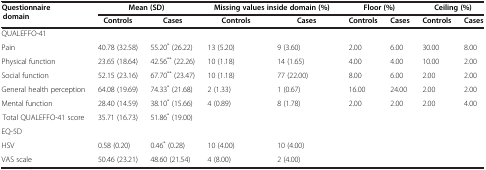
<table><thead><tr><td rowspan="2"><b>Questionnaire domain</b></td><td colspan="2"><b>Mean (SD)</b></td><td colspan="2"><b>Missing values inside domain (%)</b></td><td colspan="2"><b>Floor (%)</b></td><td colspan="2"><b>Ceiling (%)</b></td></tr><tr><td><b>Controls</b></td><td><b>Cases</b></td><td><b>Controls</b></td><td><b>Cases</b></td><td><b>Controls</b></td><td><b>Cases</b></td><td><b>Controls</b></td><td><b>Cases</b></td></tr></thead><tbody><tr><td>QUALEFFO-41</td><td> </td><td> </td><td> </td><td> </td><td> </td><td> </td><td> </td><td> </td></tr><tr><td>Pain</td><td>40.78 (32.58)</td><td>55.20<sup>*</sup> (26.22)</td><td>13 (5.20)</td><td>9 (3.60)</td><td>2.00</td><td>6.00</td><td>30.00</td><td>8.00</td></tr><tr><td>Physical function</td><td>23.65 (18.64)</td><td>42.56<sup>**</sup> (22.26)</td><td>10 (1.18)</td><td>14 (1.65)</td><td>4.00</td><td>4.00</td><td>10.00</td><td>2.00</td></tr><tr><td>Social function</td><td>52.15 (23.16)</td><td>67.70<sup>**</sup> (23.47)</td><td>10 (1.18)</td><td>77 (22.00)</td><td>8.00</td><td>6.00</td><td>2.00</td><td>2.00</td></tr><tr><td>General health perception</td><td>64.08 (19.69)</td><td>74.33<sup>*</sup> (21.68)</td><td>2 (1.33)</td><td>1 (0.67)</td><td>16.00</td><td>24.00</td><td>2.00</td><td>2.00</td></tr><tr><td>Mental function</td><td>28.40 (14.59)</td><td>38.10<sup>*</sup> (15.66)</td><td>4 (0.89)</td><td>8 (1.78)</td><td>2.00</td><td>2.00</td><td>2.00</td><td>4.00</td></tr><tr><td>Total QUALEFFO-41 score</td><td>35.71 (16.73)</td><td>51.86<sup>*</sup> (19.00)</td><td> </td><td> </td><td> </td><td> </td><td> </td><td> </td></tr><tr><td>EQ-5D</td><td> </td><td> </td><td> </td><td> </td><td> </td><td> </td><td> </td><td> </td></tr><tr><td>HSV</td><td>0.58 (0.20)</td><td>0.46<sup>*</sup> (0.28)</td><td>10 (4.00)</td><td>10 (4.00)</td><td> </td><td> </td><td> </td><td> </td></tr><tr><td>VAS scale</td><td>50.46 (23.21)</td><td>48.60 (21.54)</td><td>4 (8.00)</td><td>2 (4.00)</td><td> </td><td> </td><td> </td><td> </td></tr></tbody></table>